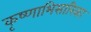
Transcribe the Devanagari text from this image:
कृष्णाभिसारिका